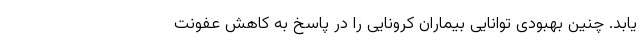
‌یابد. چنین بهبودی توانایی بیماران کرونایی را در پاسخ به کاهش عفونت